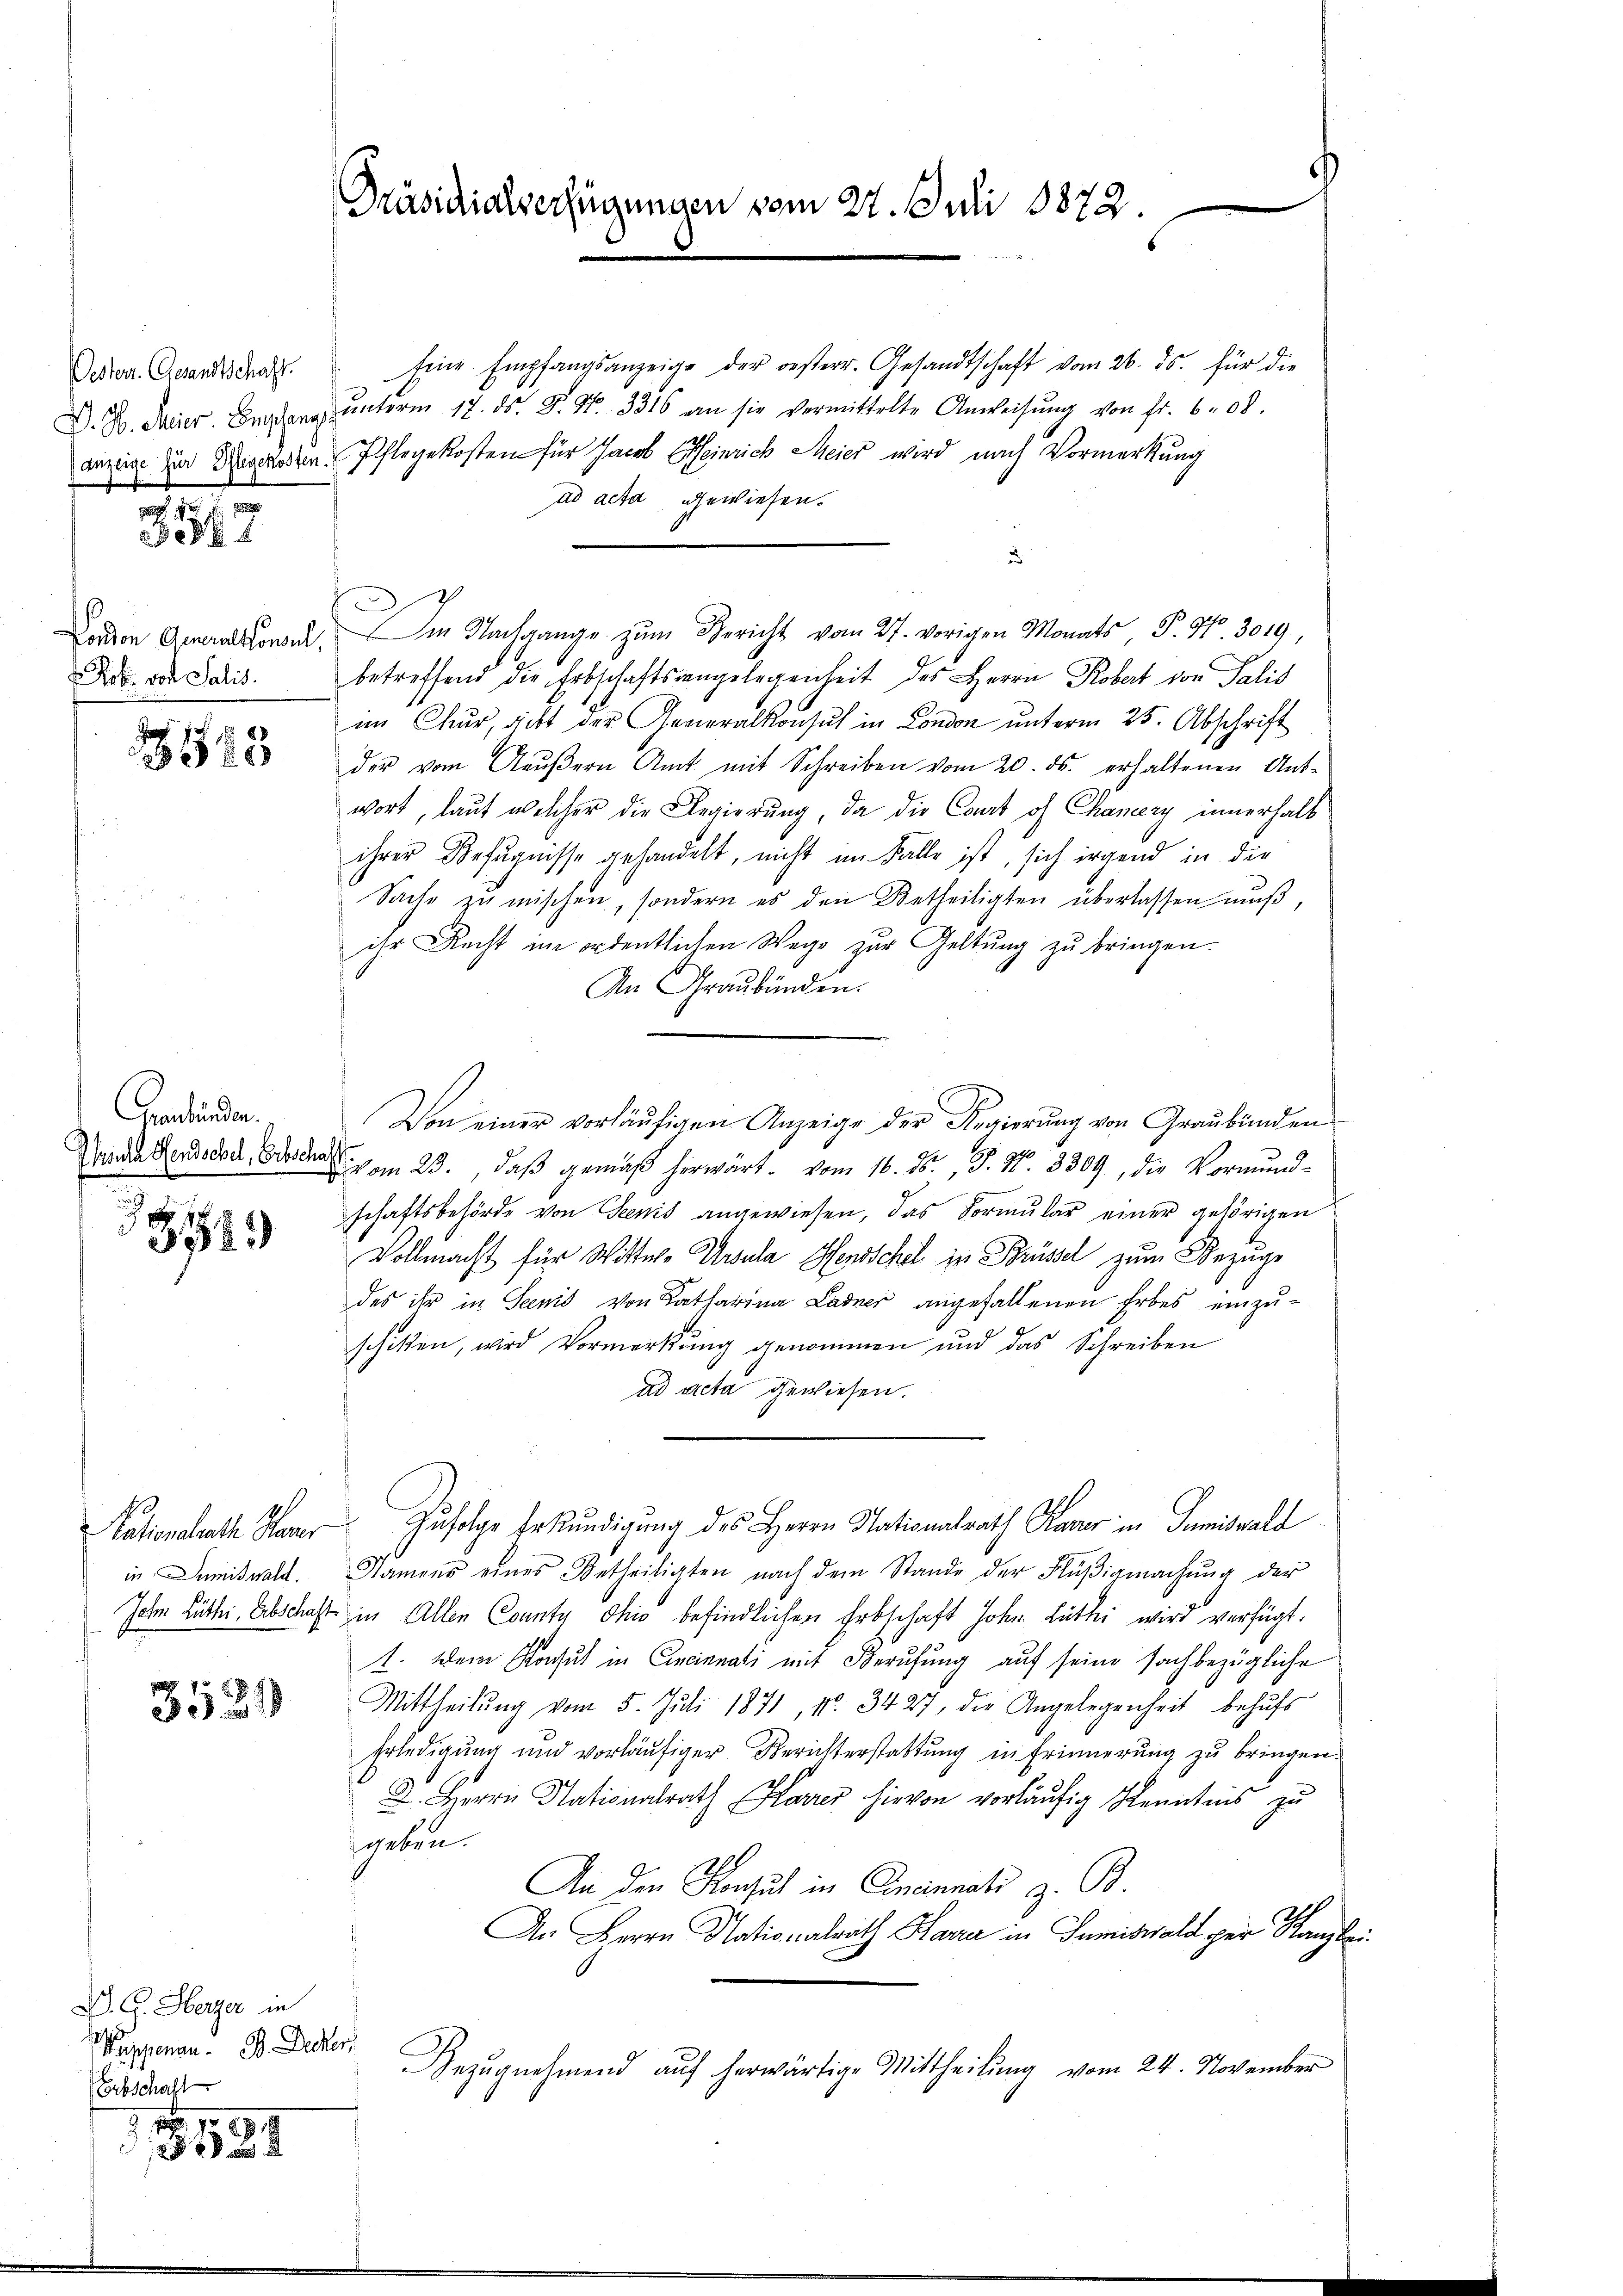
Oesterr. Gesandtschaft.
D. G. Meier. Empfan
auzeige für Pflegekoste

307

Rob. von Salis.

88
540

Genbänden.
u

892.

in Dumiswald.

3520

D. G. Herzer in
Mappenau. B. Decker,
Erbschalt

. 10
324

Präsidialverfügungen vom 22. Juli 1872.
d

Eine Empfangsanzeige der oesterr. Gesandtschaft vom 26. ds. für die
 ŭnterm 17. ds. S. Nr. 3316 an sie vermittelte Anweisŭng von fr. 608.
u. Pflegekosten für Jacob Heinrich Meier wird nach Vormerkung
ad acta gewiesen.
u
ono in Nachgange zum Bericht vom 27. vorigen Monats, P. Nr. 3019,
betreffend die Erbschaftsangelegenheit des Herrn Robert von Salis
im Chur, richt der Generalkonsul in London unterm 25. Abschrift
der vom Aeŭβern Amt mit Schreiben vom 20. ds. erhaltenen Antwort, laut welcher die Regierung, da die Cont of Chancery innerhalb
ihrer Befugnisse gehandelt, nicht im Falle ist, sich irgend in die
Sache zu mischen, sondern es den Betheiligten überlassen muß,
ihr Recht im ordentlichen Wege zur Geltung zu bringen.
An Graubünden.
Von einer vorläufigen Anzeige der Regierung von Graubünden
ende Person, da der am 23., daß gemäß herwärt. vom 16. d. J. N. 3309, die Vormund-
schaftsbehörde von Seenis angewiesen, das Formŭlar einer gehörigen
Vollmacht für Wittwe Ursula Hensschel in Brüssel zum Bezuge
des ihr in Senio von Katharina Ladner angefallenen Erbes einzu-
schiken, wird Vormerkung genommen und das Schreiben
ad acta gewiesen.
ationsrath Honer Zufolge Erkundigung des Herrn Nationalrath Kaver in Sumiswald
Namens eines Betheiligten nach dem Stande der Flŭβigmachŭng der
John Lüthi, Abschaft in Allen County Ohio befindlichen Erbschaft Joh. Luthei wird verfügt.
1. Dem Konsul in Cincinnati mit Berufung auf seine sachbezügliche
Mittheilung vom 5. Juli 1871, Nr. 3427, die Angelegenheit behufs
Erledigung und vorläufiger Berichterstattung in Erinnerung zu bringen.
2. Herrn Nationalrath Korres hievon vorläufig Kenntnis zu
geben.
An den Konsul in Ermannati z. B.
An Herrn Nationalrath Harra in Sumiswald per Kanzle¬
Bezŭgnehmend auf herwärtige Mittheilung vom 24. November